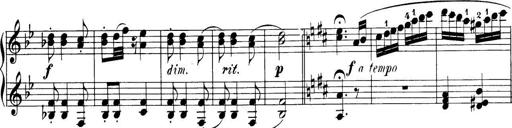
Title: 32 Sonatinas and Rondos for the Piano
Composer: Richard Kleinmichel